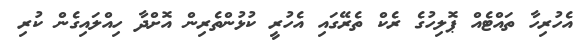
އެހުރިހާ ތައްޓެއް ޕޮލިހުގެ ރެކް ތެރޭގައި އެހުރީ ކުޅުންތެރިން އޮށްދާ ހިއްލައިގެން ކުރި